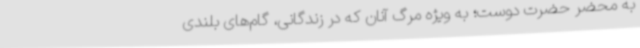
به محضر حضرت دوست؛ به ویژه مرگ آنان که در زندگانی، گام‌های بلندی